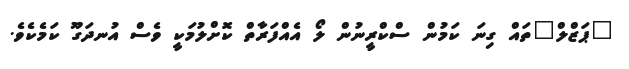
"ޕަޒްލް"ތައް ގިނަ ކަމުން ސްކްރީނުން ލޯ އެއްފަރާތް ކޮށްލުމަކީ ވެސް އުނދަގޫ ކަމެކެވެ.